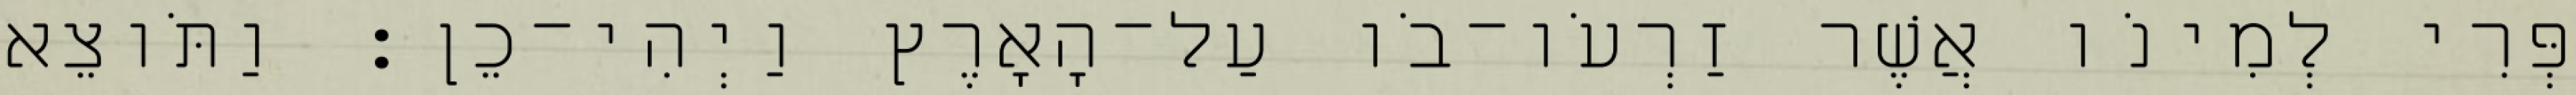
פְּרִי לְמִינֹו אֲשֶׁר זַרְעֹו־בֹו עַל־הָאָרֶץ וַיְהִי־כֵן׃ וַתֹּוצֵא